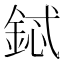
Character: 鋱